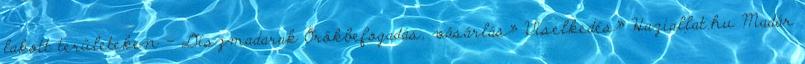
lakott területeken - Díszmadarak Örökbefogadás, vásárlás» Viselkedés» Haziallat.hu Madár